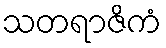
သတရာဇိကံ